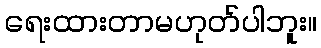
ရေးထားတာမဟုတ်ပါဘူး။